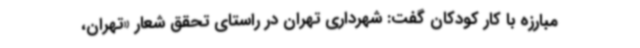
مبارزه با کار کودکان گفت: شهرداری تهران در راستای تحقق شعار «تهران،